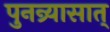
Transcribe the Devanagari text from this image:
पुनन्र्यासात्